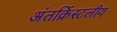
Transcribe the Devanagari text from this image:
अंतर्क्रिस्टलीय